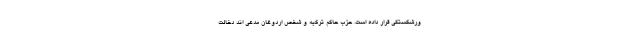
ورشکستگی قرار داده است. حزب حاکم ترکیه و شخص اردوغان مدعی اند دخالت